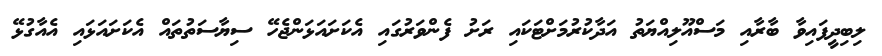
ލިބިދީފައިވާ ބާރާއި މަސްއޫލިއްޔަތު އަދާކުރުމަށްޓަކައި ރަށު ފެންވަރުގައި އެކަށައަޅަންޖެހޭ ސިޔާސަތުތައް އެކަށައަޅައި އެއާގުޅޭ